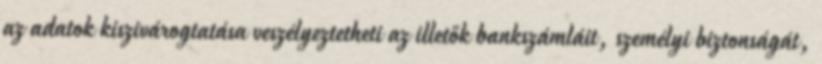
az adatok kiszivárogtatása veszélyeztetheti az illetők bankszámláit, személyi biztonságát,